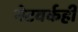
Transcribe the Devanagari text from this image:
नेटवर्कही